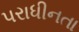
પરાધીનતા